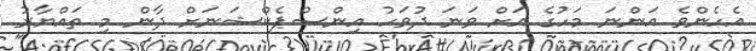
އެހެންވެ އަންނަ މަހުގެ އަށް ވަނަ ދުވަހު އިންސްޕެކްޝަނަށް ދާން މި ތައްޔާރު